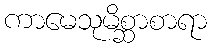
ကာမေသုမိစ္ဆာစာရာ